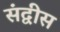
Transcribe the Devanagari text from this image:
संद्वीस